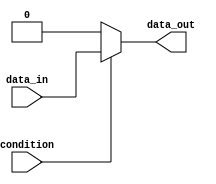
module if_else_example (
    input wire condition,
    input wire data_in,
    output reg data_out
);

always @ (condition or data_in)
begin
    if (condition)
    begin
        data_out <= data_in; // execute this block if condition is true
    end
    else
    begin
        data_out <= 0; // execute this block if condition is false
    end
end

endmodule